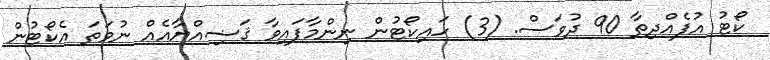
ކޯޓު އުފެއްދިތާ 90 ދުވަސް. (3) ހައިކޯޓުން ނިންމާފައިވާ ޤަޟިއްޔާއެއް ނުވަތަ އެކޯޓުން